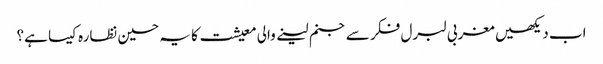
اب دیکھیں مغربی لبرل فکر سے جنم لینے والی معیشت کا یہ حسین نظارہ کیسا ہے؟